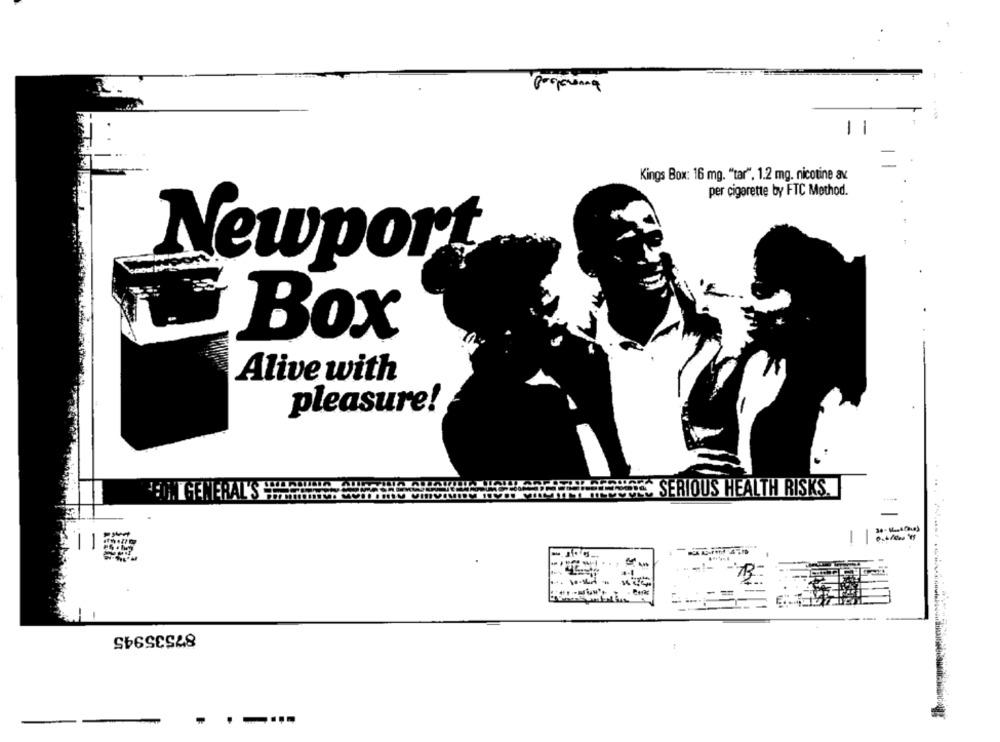
Kings Box: 16 mg. "tar". 1.2 mg. nicotine av
per cigarette by FTC Method.
Newport
Box
Alive with
pleasure!
'EON GENERAL'S
SERIOUS HEALTH RISKS
--
87535945